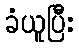
ခံယူပြီး